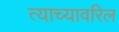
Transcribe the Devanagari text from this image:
त्याच्यावरिल